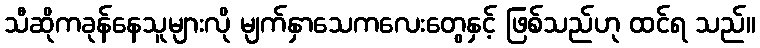
သီဆိုကခုန်နေသူများလို မျက်နှာသေကလေးတွေနှင့် ဖြစ်သည်ဟု ထင်ရ သည်။